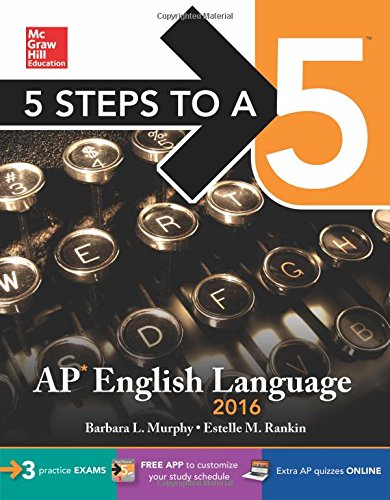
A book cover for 5 Steps to a 5 AP English Language 2016 (5 Steps to a 5 on the Advanced Placement Examinations Series); Barbara L. Murphy; Test Preparation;